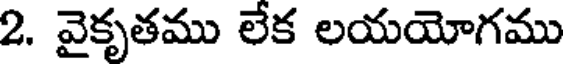
2. వైకృతము లేక లయయోగము